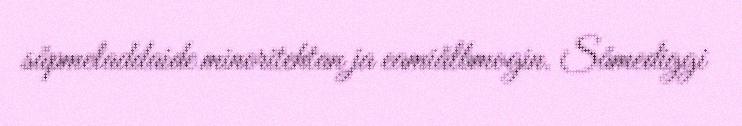
såpmeladdaide minoritehtan ja eamiålbmogin. Såmediggi